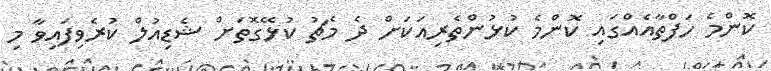
ކޮންމެ ހަފްތާއެއްގައި ކޮންމެ ކުޅުންތެރިއަކަށް ދެ މެޗު ކުޅޭގޮތަށް ޝެޑިއުލް ކުރެވިފައިވާ މި